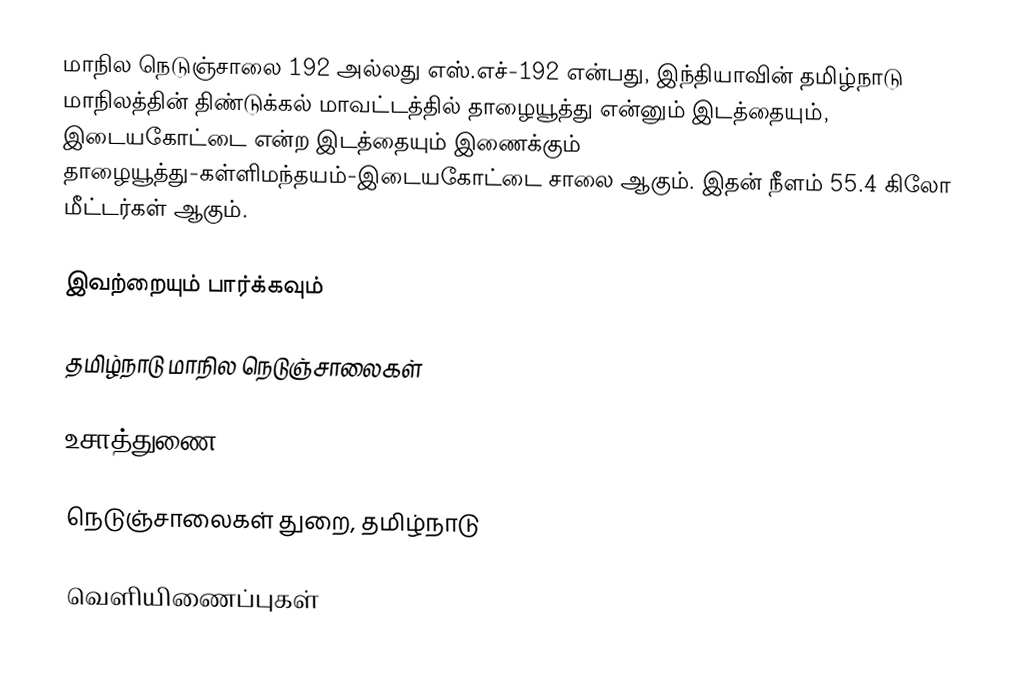
மாநில நெடுஞ்சாலை 192 அல்லது எஸ்.எச்-192  என்பது, இந்தியாவின் தமிழ்நாடு மாநிலத்தின் திண்டுக்கல் மாவட்டத்தில் தாழையூத்து என்னும் இடத்தையும், இடையகோட்டை என்ற இடத்தையும் இணைக்கும் தாழையூத்து-கள்ளிமந்தயம்-இடையகோட்டை சாலை ஆகும். இதன் நீளம் 55.4 கிலோ மீட்டர்கள் ஆகும்.

இவற்றையும் பார்க்கவும்

 தமிழ்நாடு மாநில நெடுஞ்சாலைகள்

உசாத்துணை

 நெடுஞ்சாலைகள் துறை, தமிழ்நாடு

வெளியிணைப்புகள்